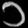
Digit: ၁